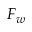
F _ { w }